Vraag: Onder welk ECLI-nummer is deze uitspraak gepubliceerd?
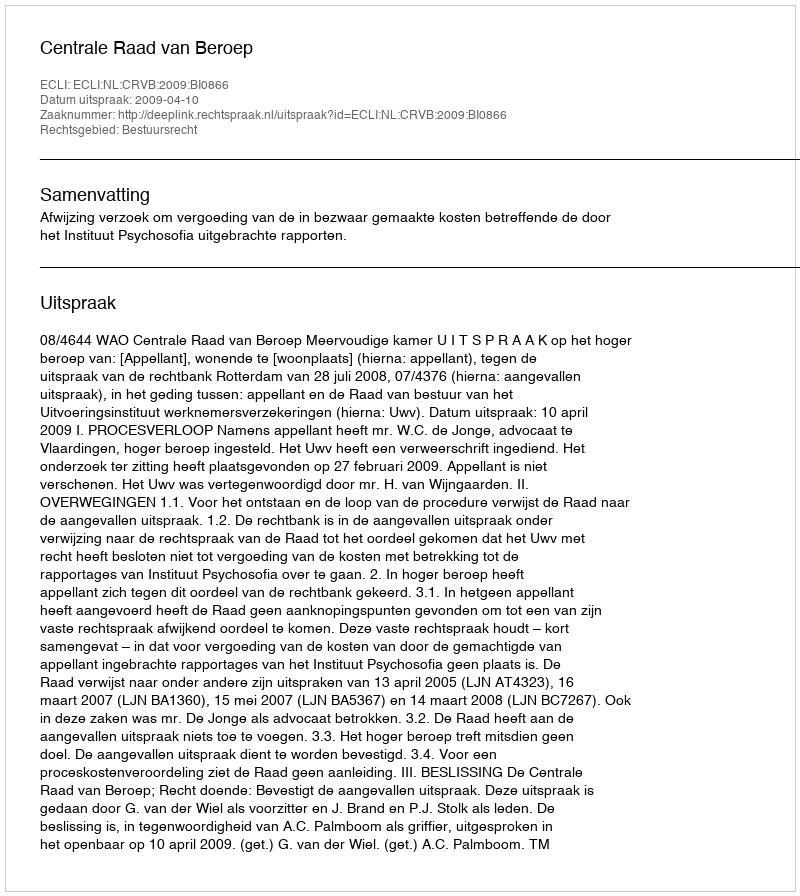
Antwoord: ECLI:NL:CRVB:2009:BI0866